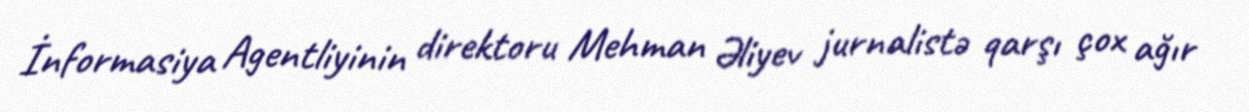
İnformasiya Agentliyinin direktoru Mehman Əliyev jurnalistə qarşı çox ağır